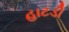
હાટડી